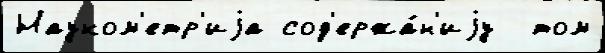
Науком'етр'иjа сод'ержа́н'иjу  том